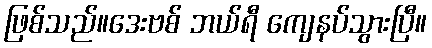
ဖြစ်သည်။ဒေးဗစ် ဘယ်ရီ ကျေနပ်သွားပြီ။